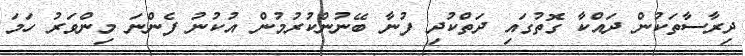
ދިރާސާތަކުން ދައްކާ ގޮތުގައި ދަތްކުދި ފުނާ ބޭނުންކުރުމުން އުކުނު ފެންނަ މިންވަރު ހަމަ